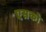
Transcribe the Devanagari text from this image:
एसको